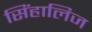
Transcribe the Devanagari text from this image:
सिंहालिज